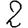
Digit: 2